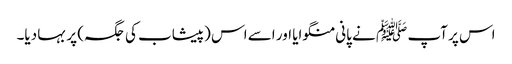
اس پر آپ ﷺ نے پانی منگوایا اور اسے اس (پیشاب کی جگہ) پر بہا دیا۔